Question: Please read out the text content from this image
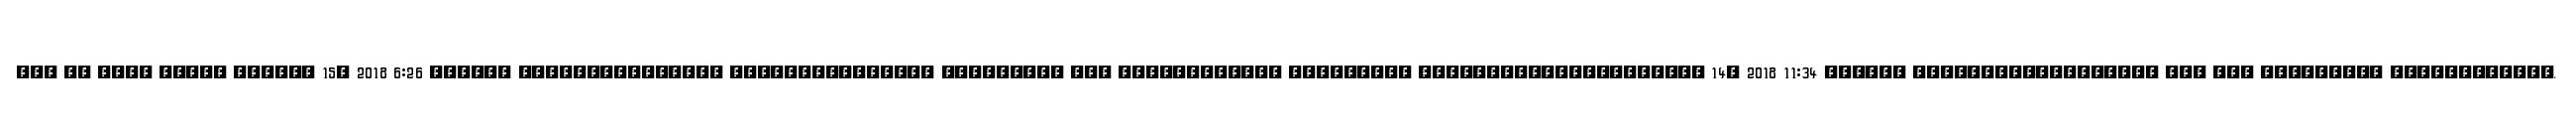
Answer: ??? ?? ???? ????? ?????? 15, 2018 6:26 ?????? ??????????????? ??????????????? ????????? ??? ???????????? ????????? ????????????????????? 14, 2018 11:34 ?????? ?????????????????? ??? ??? ????????? ????????????.